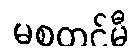
မစတင်မီ